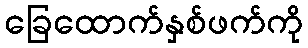
ခြေထောက်နှစ်ဖက်ကို